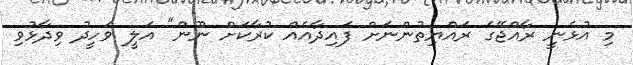
މި އުޅެނީ ރާއްޖޭގެ ރައްޔިތުންނަށް ފައިދާއެއް ކުރާކަށް ނޫން" އަލީ ވަހީދު ވިދާޅުވި